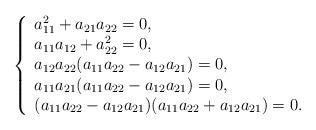
LaTeX: \begin{align*}\left\{\begin{array}{l}a_{11}^2 + a_{21} a_{22} = 0, \\a_{11} a_{12} + a_{22}^2 = 0, \\a_{12} a_{22}(a_{11} a_{22} - a_{12} a_{21}) = 0, \\a_{11} a_{21}(a_{11} a_{22} - a_{12} a_{21}) = 0, \\(a_{11} a_{22} - a_{12} a_{21}) (a_{11} a_{22} + a_{12} a_{21}) = 0.\\\end{array}\right.\end{align*}